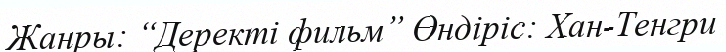
Жанры: “Деректі фильм” Өндіріс: Хан-Тенгри